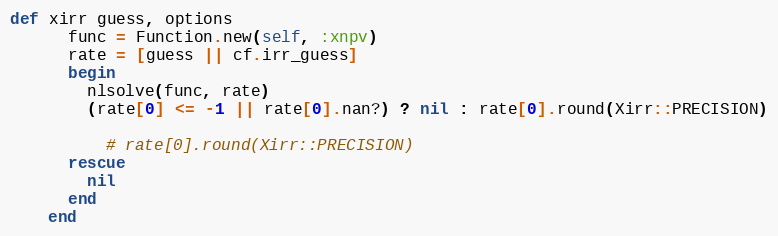
Language: Ruby
def xirr guess, options
      func = Function.new(self, :xnpv)
      rate = [guess || cf.irr_guess]
      begin
        nlsolve(func, rate)
        (rate[0] <= -1 || rate[0].nan?) ? nil : rate[0].round(Xirr::PRECISION)

          # rate[0].round(Xirr::PRECISION)
      rescue
        nil
      end
    end